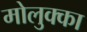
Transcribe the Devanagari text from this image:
मोलुक्का